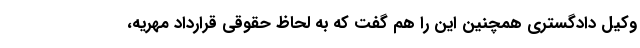
وکیل دادگستری همچنین این را هم گفت که به لحاظ حقوقی قرارداد مهریه،